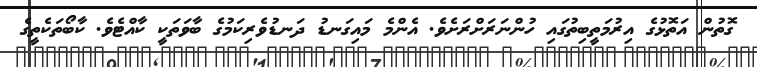
ގޮތުން އަތޮޅުގެ އިރުމަތީބިތުގައި ހުންނަރަށްރަށެވެ. އެންމެ މައިގަނޑު ދަނޑުވެރިކަމުގެ ބާވަތަކީ ކާއްޓެވެ. ކާބޯތަކެތީގެ